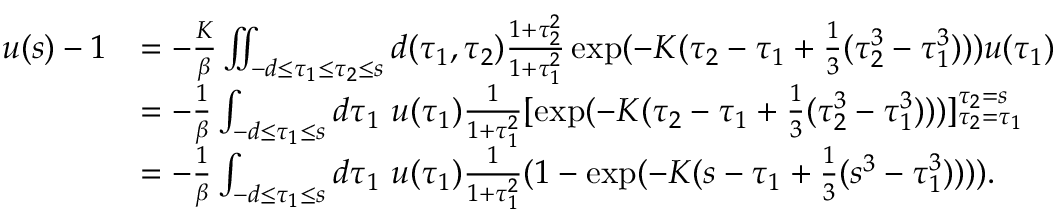
\begin{array} { r l } { u ( s ) - 1 } & { = - \frac K \beta \iint _ { - d \le \tau _ { 1 } \le \tau _ { 2 } \le s } d ( \tau _ { 1 } , \tau _ { 2 } ) \frac { 1 + \tau _ { 2 } ^ { 2 } } { 1 + \tau _ { 1 } ^ { 2 } } \exp ( - K ( \tau _ { 2 } - \tau _ { 1 } + \frac 1 3 ( \tau _ { 2 } ^ { 3 } - \tau _ { 1 } ^ { 3 } ) ) ) u ( \tau _ { 1 } ) } \\ & { = - \frac 1 \beta \int _ { - d \le \tau _ { 1 } \le s } d \tau _ { 1 } \ u ( \tau _ { 1 } ) \frac { 1 } { 1 + \tau _ { 1 } ^ { 2 } } [ \exp ( - K ( \tau _ { 2 } - \tau _ { 1 } + \frac 1 3 ( \tau _ { 2 } ^ { 3 } - \tau _ { 1 } ^ { 3 } ) ) ) ] _ { \tau _ { 2 } = \tau _ { 1 } } ^ { \tau _ { 2 } = s } } \\ & { = - \frac 1 \beta \int _ { - d \le \tau _ { 1 } \le s } d \tau _ { 1 } \ u ( \tau _ { 1 } ) \frac { 1 } { 1 + \tau _ { 1 } ^ { 2 } } ( 1 - \exp ( - K ( s - \tau _ { 1 } + \frac 1 3 ( s ^ { 3 } - \tau _ { 1 } ^ { 3 } ) ) ) ) . } \end{array}